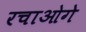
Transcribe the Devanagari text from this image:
रचाओगे